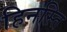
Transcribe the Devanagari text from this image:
हिनस्ति